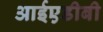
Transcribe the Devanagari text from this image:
आईएडीबी